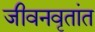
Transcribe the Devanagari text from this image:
जीवनवृतांत